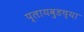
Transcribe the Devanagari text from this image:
प्लायवुडच्या